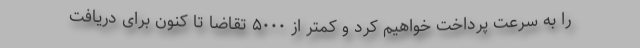
را به سرعت پرداخت خواهیم کرد و کمتر از ۵۰۰۰ تقاضا تا کنون برای دریافت